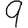
Digit: 9